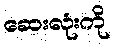
ဆေးလုံးကို